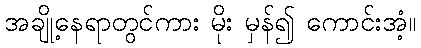
အချို့နေရာတွင်ကား မိုး မှန်၍ ကောင်းအံ့။